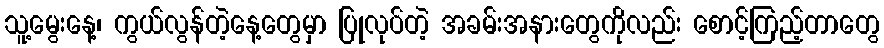
သူ့မွေးနေ့၊ ကွယ်လွန်တဲ့နေ့တွေမှာ ပြုလုပ်တဲ့ အခမ်းအနားတွေကိုလည်း စောင့်ကြည့်တာတွေ